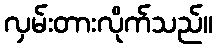
လှမ်းတားလိုက်သည်။